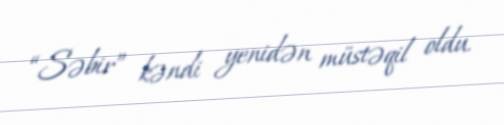
“Səbir” kəndi yenidən müstəqil oldu.